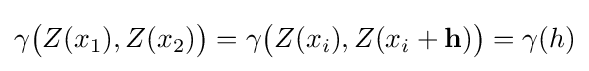
\gamma {\big (}Z(x_{1}),Z(x_{2}){\big )}=\gamma {\big (}Z(x_{i}),Z(x_{i}+\mathbf {h} ){\big )}=\gamma (h)